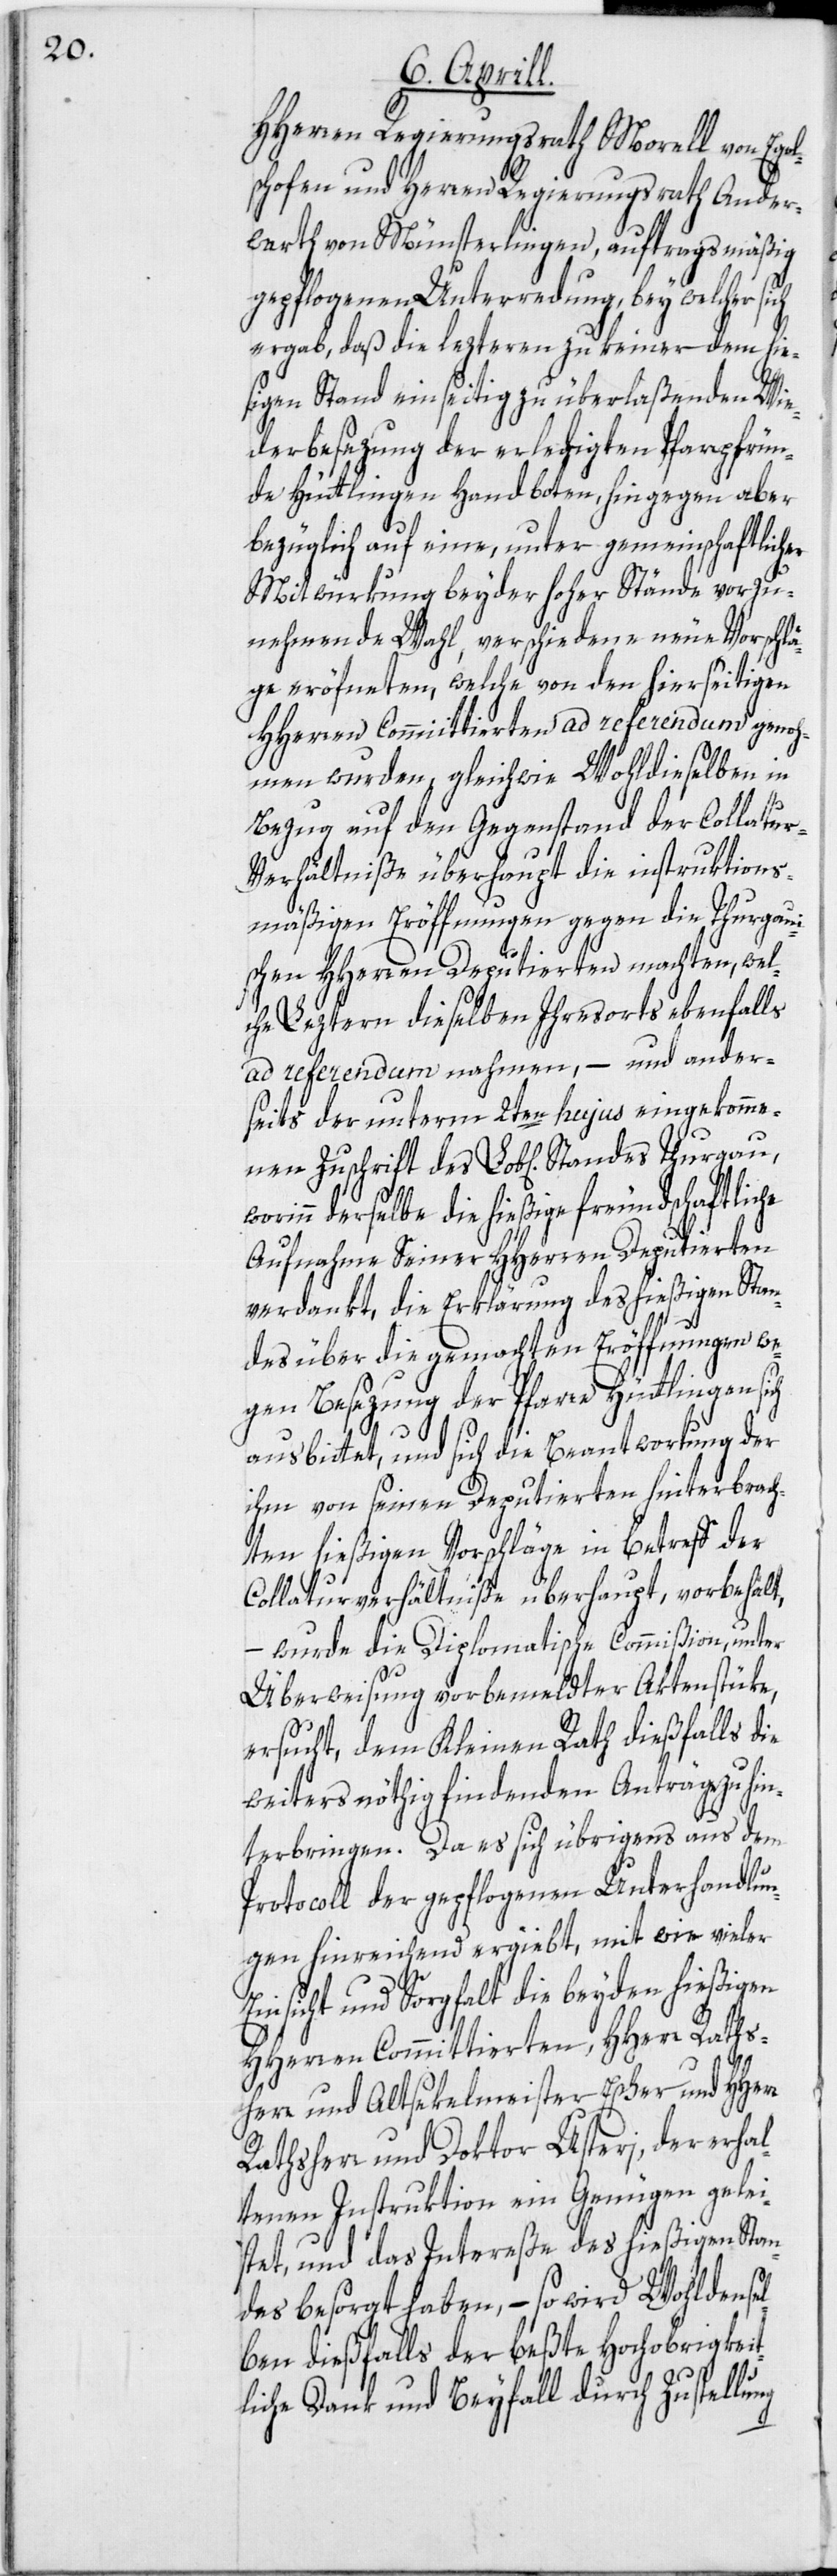
schofen und Herren Regierungsrath Ander¬
werth von Münsterlingen, auftragsmäßig
gepflogenen Unterredung, bey welcher sich
ergab, daß die lezteren zu keiner dem hie¬
sigen Stand einseitig zu überlaßenden Wie¬
derbesezung der erledigten Pfarrpfrün¬
de Hüttlingen Hand boten, hingegen aber
bezüglich auf eine, unter gemeinschaftlicher
Mitwürkung beyder hoher Stände vorzu¬
nehmende Wahl, verschiedene neue Vorschlä¬
ge eröf[f]neten, welche von den hierseitigen
HHerren Committierten ad referendum genoh¬
men wurden, gleichwie Wohldieselben in
Bezug auf den Gegenstand der Collatu¬
r-Verhältniße überhaupt die instruktions¬
mäßigen Eröffnungen gegen die Thurgaui¬
schen HHerren Deputierten machten, wel¬
che Leztern dieselben Ihresorts ebenfalls
ad referendum nehmen, – und ander¬
seits der unterm 2ten hujus eingekomme¬
inn derselbe die hießige freundschaftlic¬
Aufnahme Seiner HHerren Deputierten
verdankt, die Erklärung des hießigen Stan¬
des über die gemachten Eröffnungen we¬
gen Besezung der Pfarre Hüttlingen sich
wor¬
ausbittet, und sich die Beantwortung der
ihm von seinen Deputierten hinterbrach¬
ten hießigen Vorschläge in Betreff der
Collaturverhältniße überhaupt, vorbehält,
– wurde die Diplomatische Commißion, unter
Überweisung vorbemeldter Aktenstüke,
ersucht, dem Kleinen Rath dießfalls die
weiters nöthig findenden Anträge zu hin¬
he
terbringen. Da es sich übrigens aus dem
Protocoll der gepflogenen Unterhandlun¬
gen hinreichend ergiebt, mit wie vieler
Einsicht und Sorgfalt die beyden hießigen
HHerren Committierten, HHerr Raths¬
herr und Altsekelmeister Escher und HHerr
Rathsherr und Doktor Usteri, der erhal¬
tenen Instruktion ein Genügen gelei¬
stet, und das Intereße des hießigen Stan¬
des besorgt haben, – so wird Wohldensel¬
ben dießfalls der beßte Hochobrigkeit¬
liche Dank und Beyfall durch Zustellung